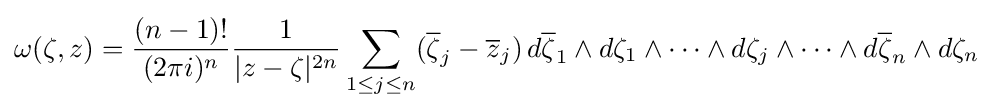
\omega (\zeta ,z)={\frac {(n-1)!}{(2\pi i)^{n}}}{\frac {1}{|z-\zeta |^{2n}}}\sum _{1\leq j\leq n}({\overline {\zeta }}_{j}-{\overline {z}}_{j})\,d{\overline {\zeta }}_{1}\land d\zeta _{1}\land \cdots \land d\zeta _{j}\land \cdots \land d{\overline {\zeta }}_{n}\land d\zeta _{n}